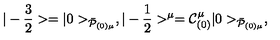
| - { \frac { 3 } { 2 } } > = | 0 > _ { { \bar { \cal P } } _ { ( 0 ) \mu } } , | - { \frac { 1 } { 2 } } > ^ { \mu } = { \cal C } _ { ( 0 ) } ^ { \mu } | 0 > _ { \bar { \cal P } _ { ( 0 ) \mu } } ,